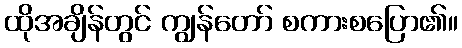
ထိုအချိန်တွင် ကျွန်တော် စကားစပြော၏။